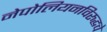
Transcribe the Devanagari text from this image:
नेपोलियनविरुद्धचे